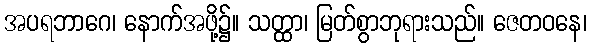
အပရဘာဂေ၊ နောက်အဖို့၌။ သတ္ထာ၊ မြတ်စွာဘုရားသည်။ ဇေတဝနေ၊